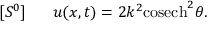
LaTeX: [ S ^ { 0 } ] ~ ~ ~ ~ ~ u ( x , t ) = 2 k ^ { 2 } \mathrm { c o s e c h } ^ { 2 } \theta .